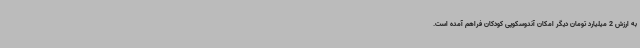
به ارزش 2 میلیارد تومان دیگر امکان آندوسکوپی کودکان فراهم آمده است.